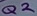
Text: Q2